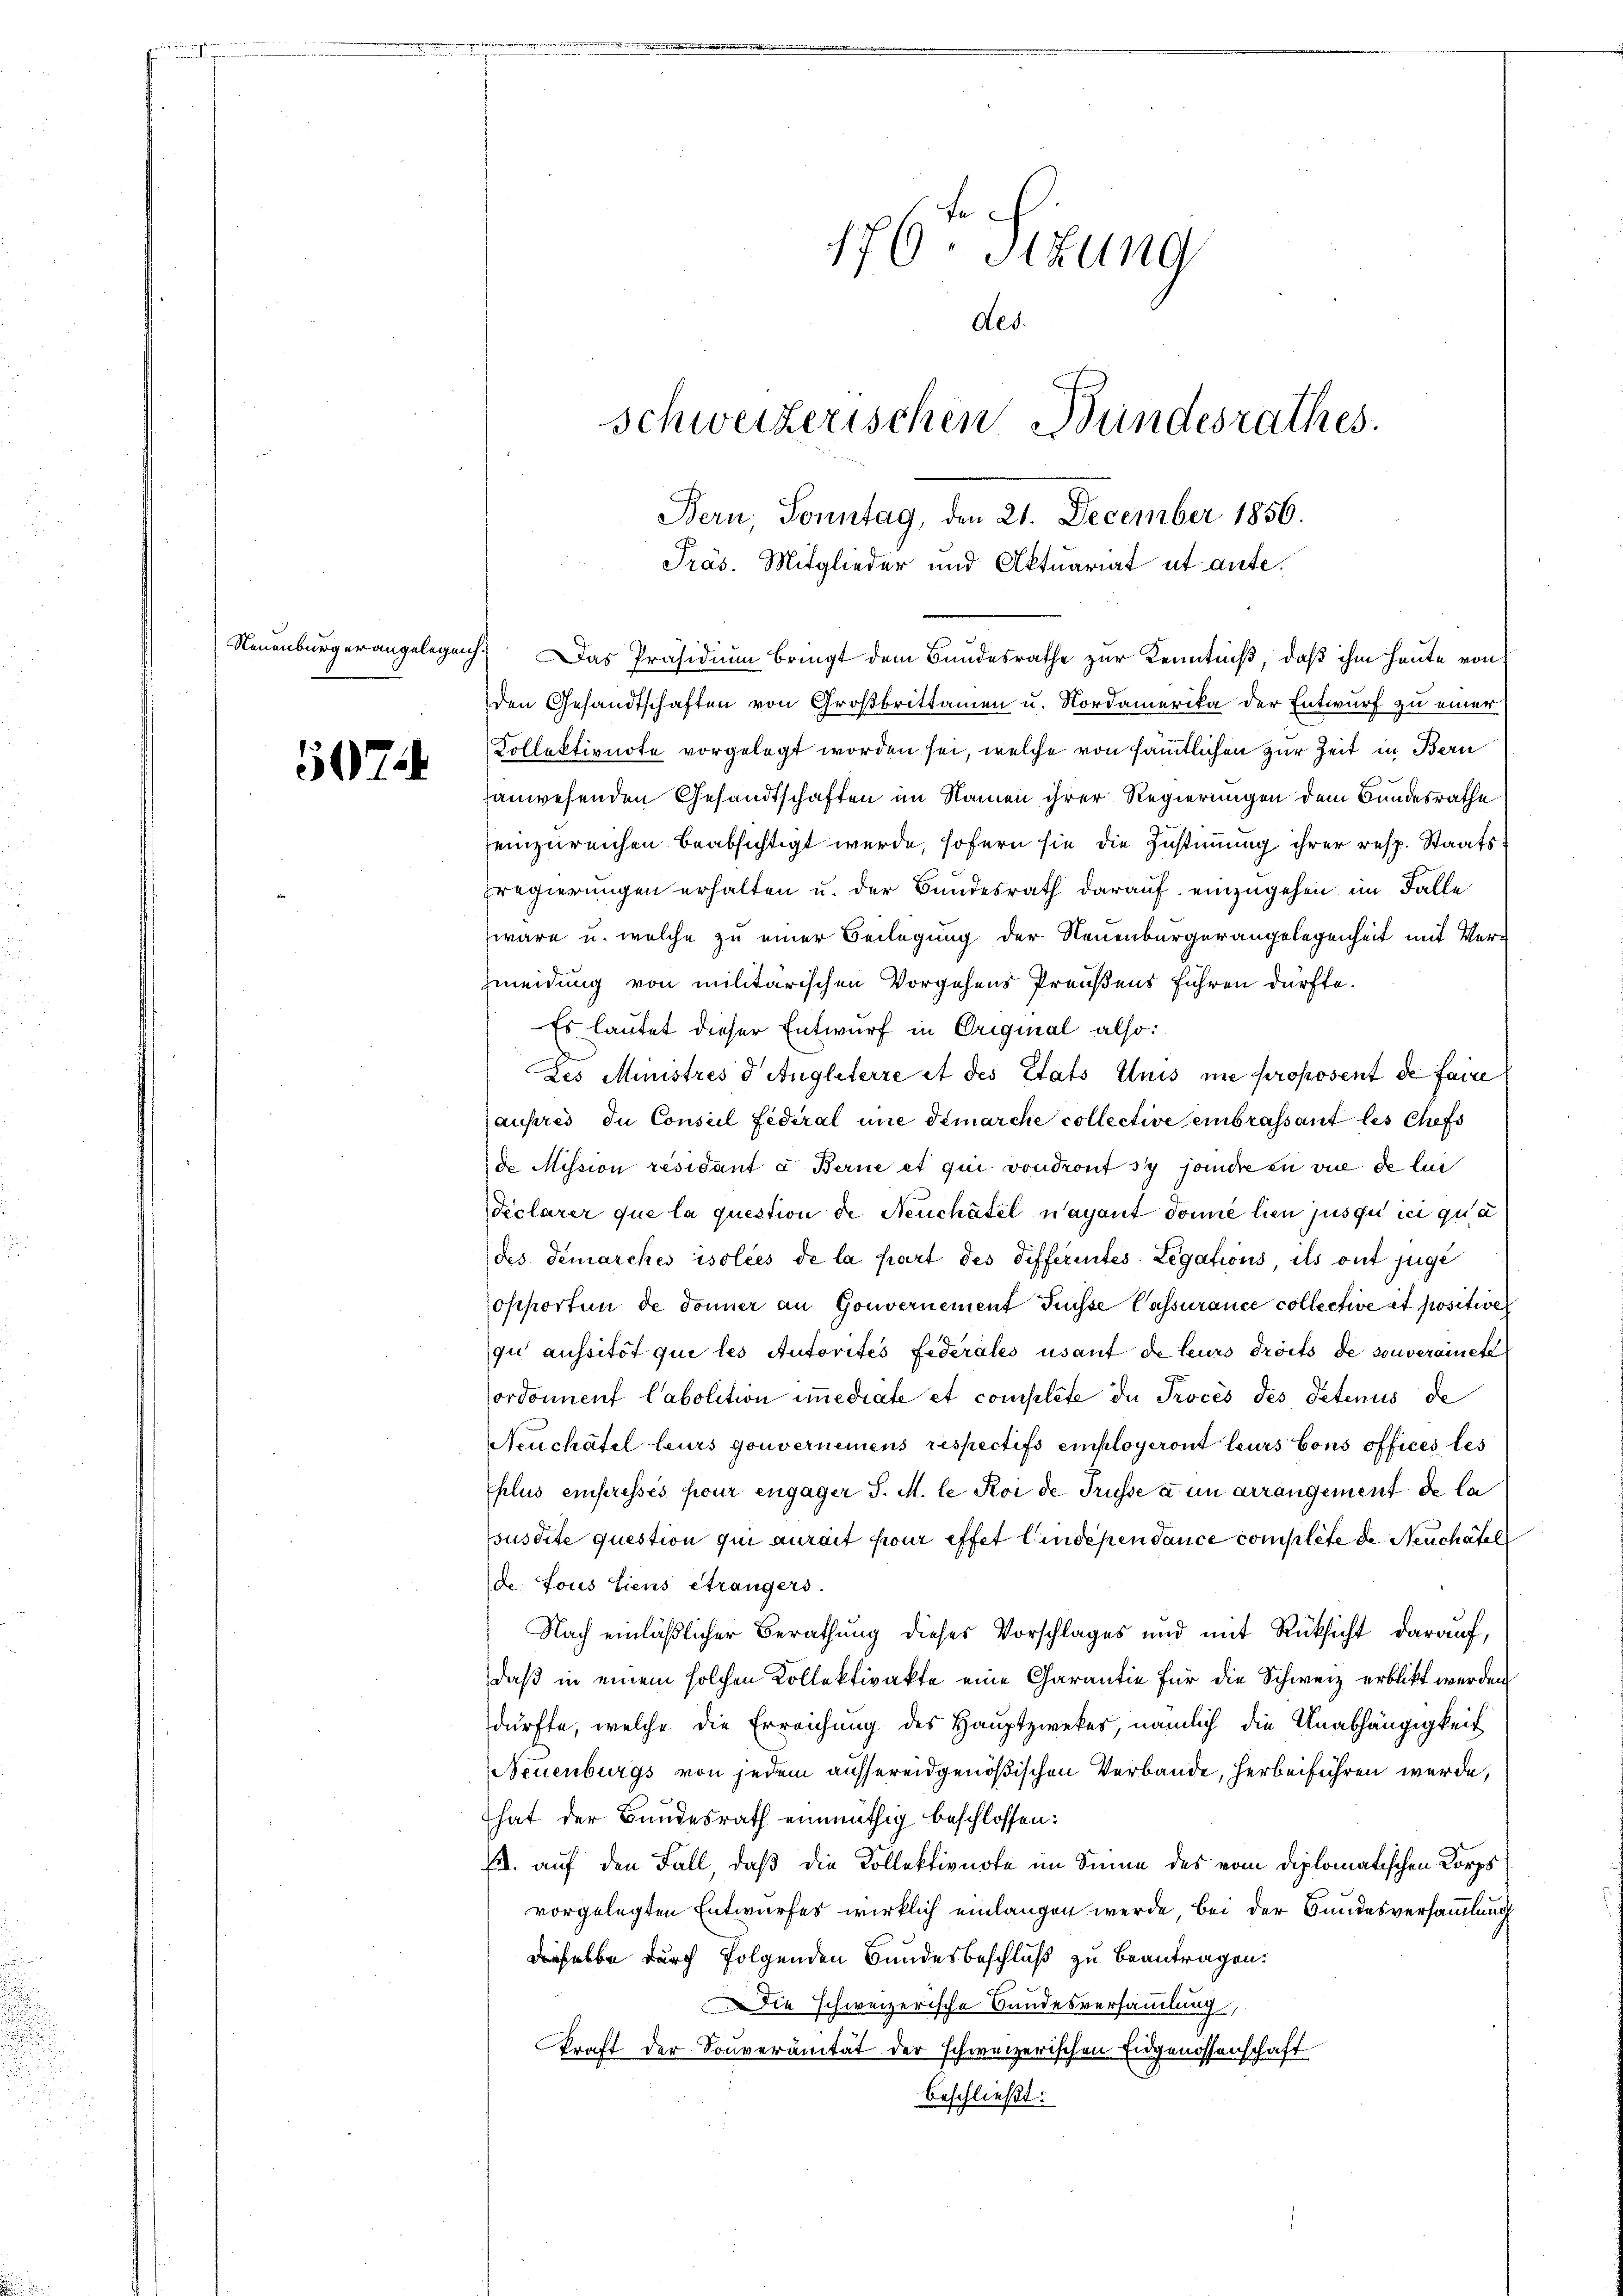
7

176te Sitzung
des.
schweizerischen Bundesrathes.
Bern, Sonntag, den 21. December 1856.

Präs. Mitglieder und Aktuariat ut ante.

Neuenburgerangelegen. Das Präsidium bringt dem Bundesrathe zur Kenntniß, daß ihm heute von
den Gesandtschaften von Großbrittamen u. Nordamerika der Entwurf zu einer
Kollektivnote vorgelegt worden sei, welche von sämmtlichen zur Zeit in Bern
tanwesenden Gesandtschaften im Namen ihrer Regierungen dem Bundesrathe
einzureichen beabsichtigt werde, sofern sie die Zustimmung ihrer resp. Staats
Fregierungen erhalten u. der Bundesrath darauf einzugehen im Falle
wäre u. welche zu einer Beilegung der Neuenburgerangelegenheit mit Ver¬
Zmeidung von militärischen Vorgehens Preußens führen dürfte.
Es lautet dieser Entwurf in Original also:
Des Ministrés d Angliterre et des Etats Anis ne proposent de faire
ausrei in Consul fédéral une démarche collective einbrafsant les Chefs
de Mission résidant u. Berne et qui von dront sy joncre in vue de lei
Veclarer que la question de Neuchâtel n’ayant donne lien jusqu’ ici qua
des demarches isolées de la part des differentes Legations, ils ont juge
opporten de donner an Gouvernement Frisse Passurance collective et positiver
gu aussitôt que les Autorites Federales usaut de leurs droits de souverainete
Cordonnent Cabolition immerrate et compléte in Proces des Petenus de
Neuchâtel leurs gouvernemens respectifs einployeront leurs Cons offices les
plus einpressés pour engager S. M. le Koi de Trüsse à un arrangement de la
susdite question qui aurait pour effet lindeßen dance complete de Neuchatel
de. Lous Liens Strangers.
Nach einläßlicher Berathung dieses Vorschlages und mit Rücksicht darauf,
daß in einem solchen Kollektivakte eine Garantie für die Schweiz erblickt werden.
dürfte, welche die Erreichung des Hauptzweker, nämlich die Unabhängigkeit
Neuenburgs von jedem aussereidgenößischen Verbande, herbeiführen werde,
hat der Bundesrath einmüthig beschlossen:
. auf den Fall, daß die Kollektivnote im Sinne des vom diplomatischen Korps
vorgelegten Entwurfes wirklich einlangen werde, bei der Bundesversammlung
dieselbe durch folgenden Bundesbeschluß zu beantragen:
Die schweizerische Bundesversammlung,
kraft der Souveränität der schweizerischen Eidgenossenschaft
beschließt: